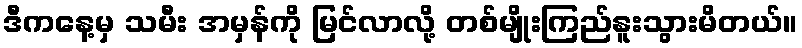
ဒီကနေ့မှ သမီး အမှန်ကို မြင်လာလို့ တစ်မျိုးကြည်နူးသွားမိတယ်။